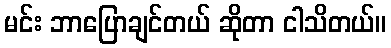
မင်း ဘာပြောချင်တယ် ဆိုတာ ငါသိတယ်။